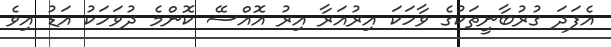
އެފަދަ ގުރުބާނީތަކުގެ ވާހަކަ އިރުއަރާ އިރު އޮއްސޭ ކޮންމެ ދުވަހަކު އަޑު އިވެ